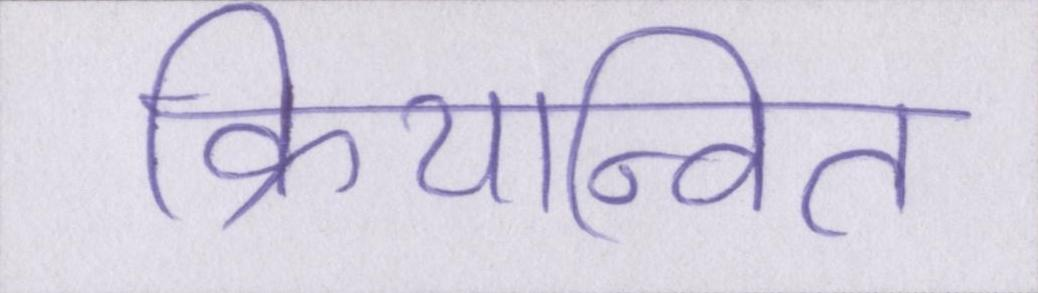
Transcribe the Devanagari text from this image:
क्रियान्वित